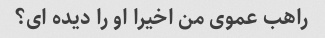
راهب عموی من اخیرا او را دیده ای؟